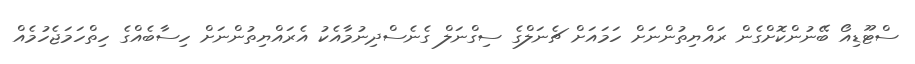
ސްޓޫޑިއޯ ބޭނުންކޮށްގެން ރައްޔިތުންނަށް ހަމައަށް ޗެނަލްގެ ސިގްނަލް ގެނެސްދިނުމާއެކު އެރައްޔިތުންނަށް ހިސާބެއްގެ ހިތްހަމަޖެހުމެއް